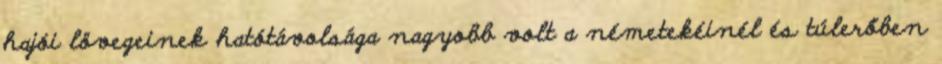
hajói lövegeinek hatótávolsága nagyobb volt a németekéinél és túlerőben